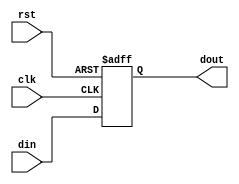
module aluout(clk, rst, din, dout);
  input clk;
  input rst;
  input[31:0] din;
  output[31:0] dout;
  
  reg[31:0] dout;
  
  always@(posedge clk or negedge rst)
  begin
    if(!rst)
      dout <= 32'd0;
    else
      dout <= din;
  end
   
    
endmodule